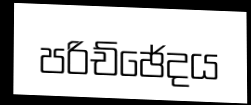
පරිච්ඡේදය